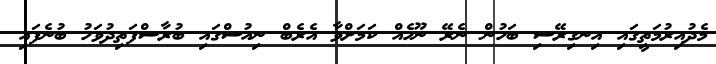
މެދުއިރުމަތީގައި އިނގިރޭސި ބަހުން ނެރޭ ނޫހެއް ކަމަށްވާ އެރެބް ނިއުސްގައި ބުރާސްފަތިދުވަހު ބުނެފައި